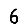
Digit: 6